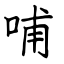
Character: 哺